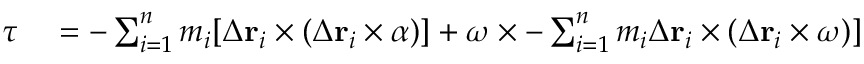
\begin{array} { r l } { { \boldsymbol { \tau } } } & { { } = - \sum _ { i = 1 } ^ { n } m _ { i } [ { \boldsymbol { \Delta } } \mathbf { r } _ { i } \times ( { \boldsymbol { \Delta } } \mathbf { r } _ { i } \times { \boldsymbol { \alpha } } ) ] + { \boldsymbol { \omega } } \times - \sum _ { i = 1 } ^ { n } m _ { i } { \boldsymbol { \Delta } } \mathbf { r } _ { i } \times ( { \boldsymbol { \Delta } } \mathbf { r } _ { i } \times { \boldsymbol { \omega } } ) ] } \end{array}